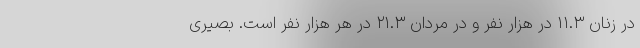
در زنان ۱۱.۳ در هزار نفر و در مردان ۲۱.۳ در هر هزار نفر است. بصیری